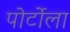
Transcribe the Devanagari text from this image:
पोर्टोला